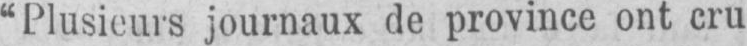
“Plusieurs journaux de province ont cru